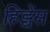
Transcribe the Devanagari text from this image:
हिट्चेंस